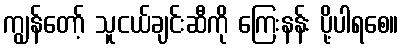
ကျွန်တော့် သူငယ်ချင်းဆီကို ကြေးနန်း ပို့ပါရစေ။